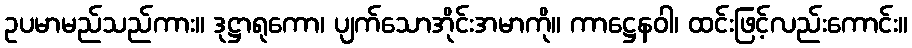
ဥပမာမည်သည်ကား။ ဒုဋ္ဌာရုကော၊ ပျက်သောအိုင်းအမာကို။ ကာဋ္ဌေနဝါ၊ ထင်းဖြင့်လည်းကောင်း။